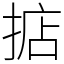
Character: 掂